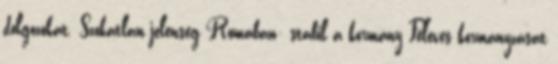
dolgozókat. Szokatlan jelenség Rómában: stabil a kormány Féléves kormányzását